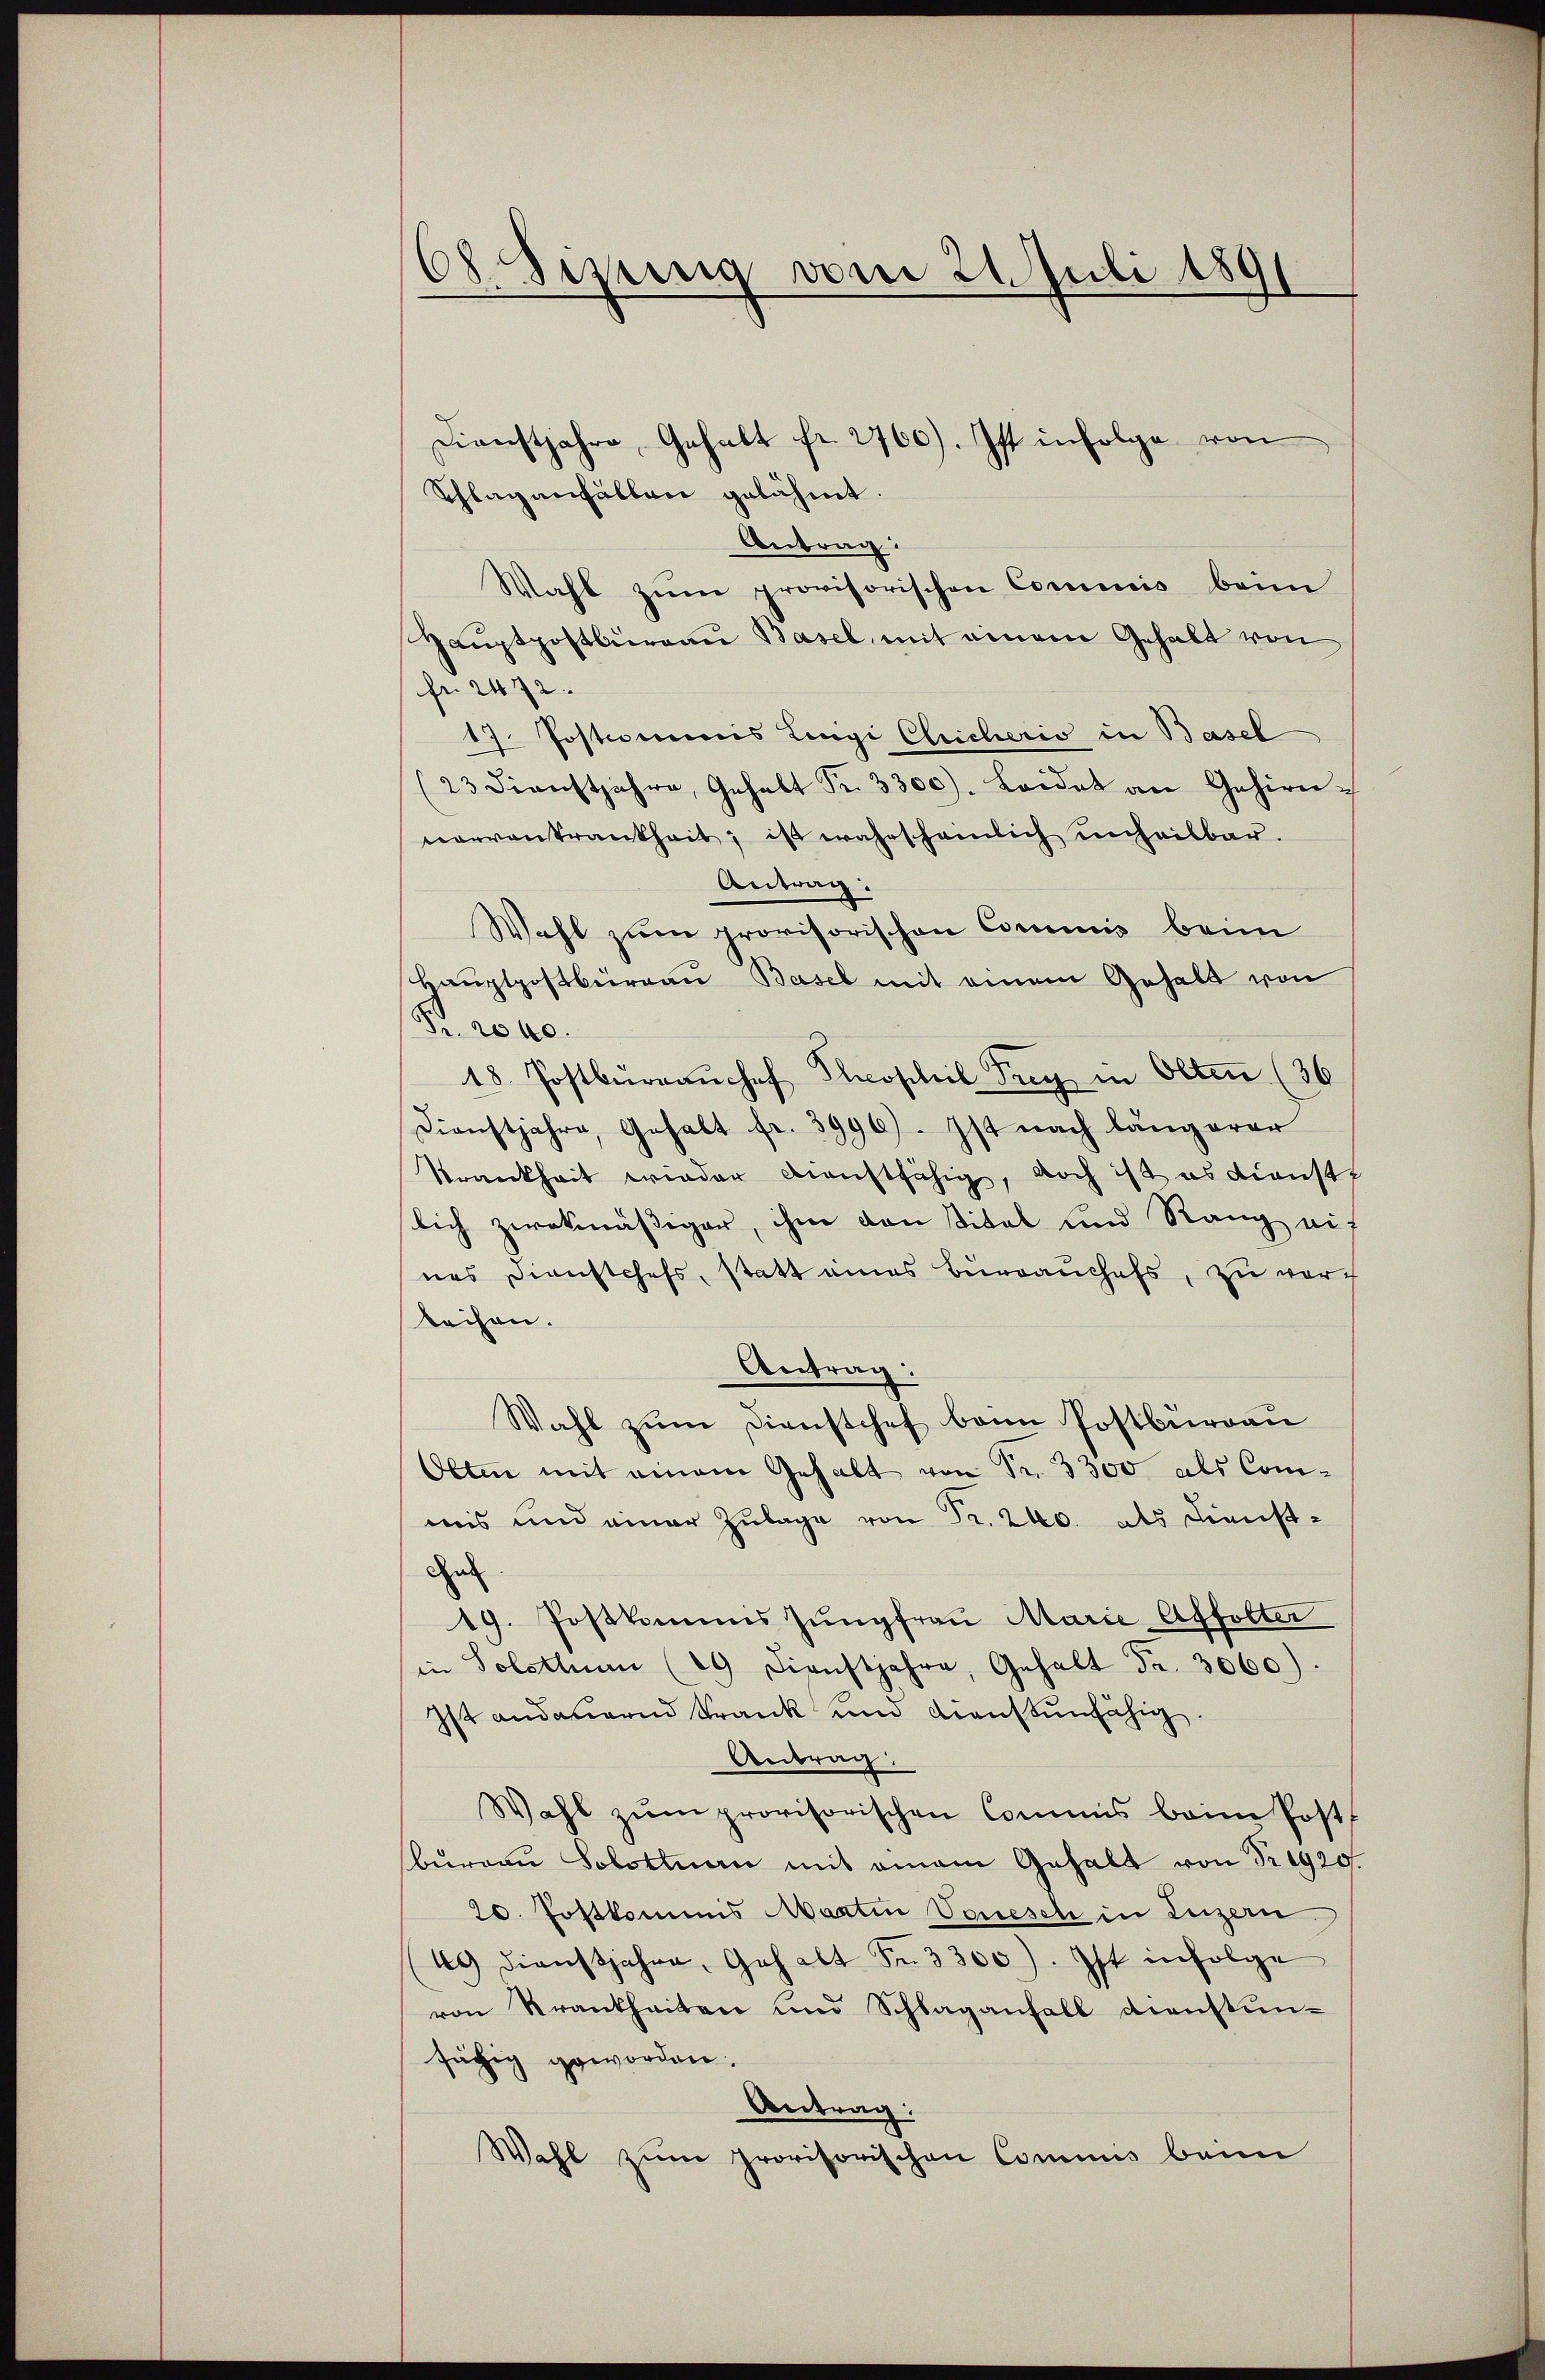
68. Sizung vom 24. Juli 1891

Dienstjahre, Gehalt fr. 2760). Ist infolge von
Schlagenhällen gelähmt.
Antrag:
Wahl zum provisorischen Commis beim
Haŭptpostbureau Basel mit einem Gehalt von
fr. 2472
17. Postcommis Luigi Clricheris in Basel
(23. Dienstjahre, Gehalt Fr. 3300). Leidet an Gehirninervenkrankheit, ist wahrscheinlich unheilbar.
Antrag:
Wahl zum provisorischen Commis beim
Hauptpostbürgau Basel mit einem Gehalt von
Fr. 2040.
18. Postbürgaŭchef Sophil Frey in Olten (36
Dienstjahre, Gehalt fr. 3996). Ist nach längerer
Krankheit wieder dienstfähig, noch ist es Dienste
lich zwekmäßiger, ihm von Titel und Rang auf
nes Dienstchefs, statt eines Bürrauchefs, zu vor
leihen.
Antrag:
Wahl zum Dienstchef beim Postburgau
Olten mit einem Gehalt von Fr. 3300 als Comweis und einer Zulage von Fr. 240. als Dienst-
He
19. Postkommis Jŭngfrau Marie Affolter
in Solothurn (19 Dienstjahre, Gehalt Fr. 3060).
Ist andauernd Krank um dienstunfähig.
Antrag,
Wahl zŭm provisorischen Commis beim Post
bureau Solottuan mit einem Gehalt von Nr. 1920
20. Postkommis Martin Vonesch in Luzern
49) Dienstjahre, Gehalt Fr. 3300). Ist infolge
von Krankheiten und Schlaganfall dienstunsüchig geworden.
Beitrag:
Wahl zum provisorischen Commis beim